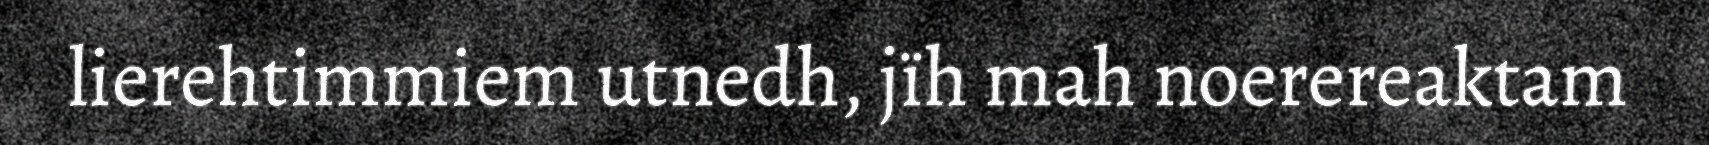
lierehtimmiem utnedh, jïh mah noerereaktam